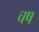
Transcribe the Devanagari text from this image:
चष